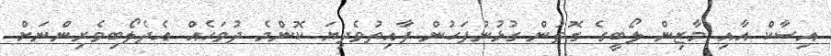
އިސާކް އާއި މާޒިން ލޯބީގެ ގޮތުން ގުޅުނުފަހުން ފާއިތުވެދިޔަ ކޮންމެ ދުވަހެއް އެދެލޯބިވެރިންނަށް